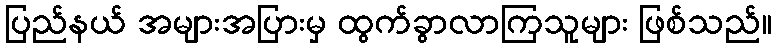
ပြည်နယ် အများအပြားမှ ထွက်ခွာလာကြသူများ ဖြစ်သည်။